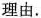
理由.